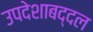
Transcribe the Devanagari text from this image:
उपदेशाबद्दल